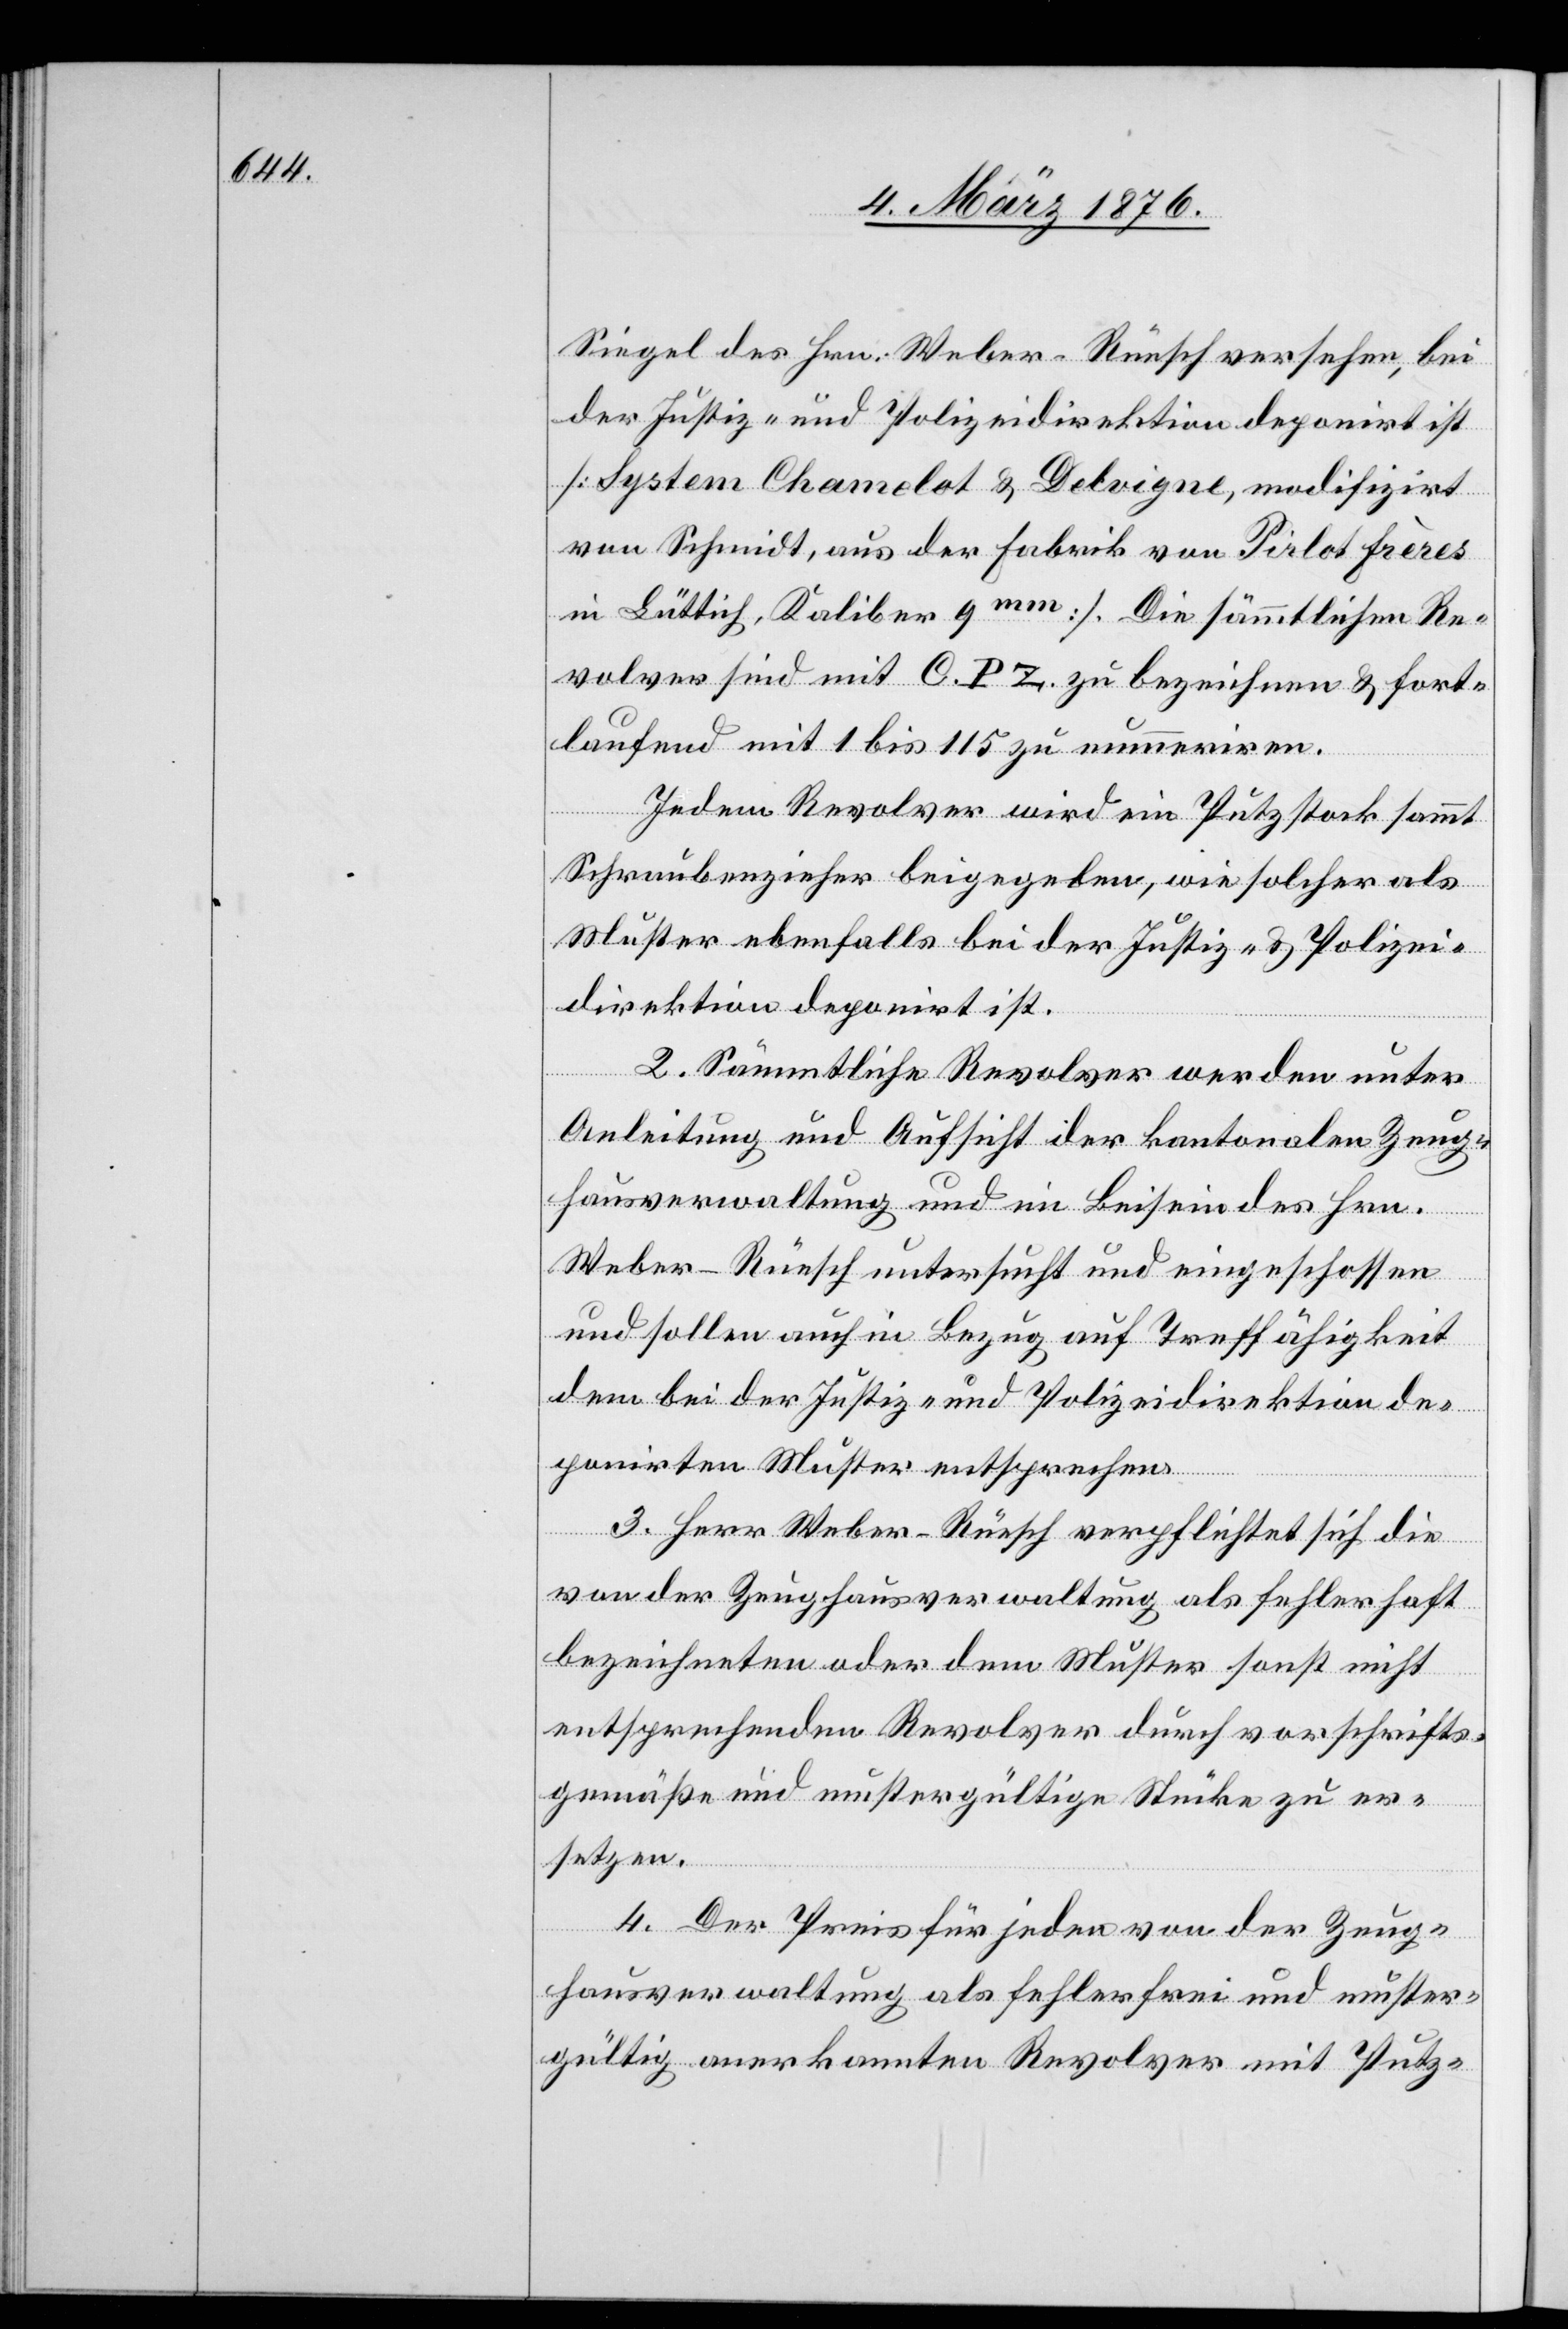
Siegel des Hrn. Weber-Rüesch versehen, bei
der Justiz- und Polizeidirektion deponirt ist
[System Chamelot & Devigne, modifizirt
von Schmidt, aus der Fabrik von Pirlot frères
in Lüttich, Kaliber 9 mm]. Die sämmtlichen Re¬
volver sind mit C. P. Z. zu bezeichnen & fort¬
laufend mit 1 bis 115 zu nummeriren.
Jedem Revolver wird ein Putzstock sammt
Schraubenzieher beigegeben, wie solcher als
Muster ebenfalls bei der Justiz- und Polizei¬
direktion deponirt ist.
2. Sämmtliche Revolver werden unter
Anleitung und Aufsicht der kantonalen Zeug¬
hausverwaltung und im Beisein des Hrn.
Weber-Rüesch untersucht und eingeschossen
und sollen auch in Bezug auf Treffähigkeit
dem bei der Justiz- und Polizeidirektion de¬
ponirten Muster entsprechen.
3. Herr Weber-Rüesch verpflichtet sich die
von der Zeughausverwaltung als fehlerhaft
bezeichneten oder dem Muster sonst nicht
entsprechenden Revolver durch vorschrifts¬
gemäße und mustergültige Stücke zu er¬
setzen.
4. Der Preis für jeden von der Zeug¬
hausverwaltung als fehlerfrei und muster¬
gültig anerkannten Revolver mit Putz-